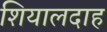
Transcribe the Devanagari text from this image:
शियालदाह